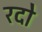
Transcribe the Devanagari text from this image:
रदो